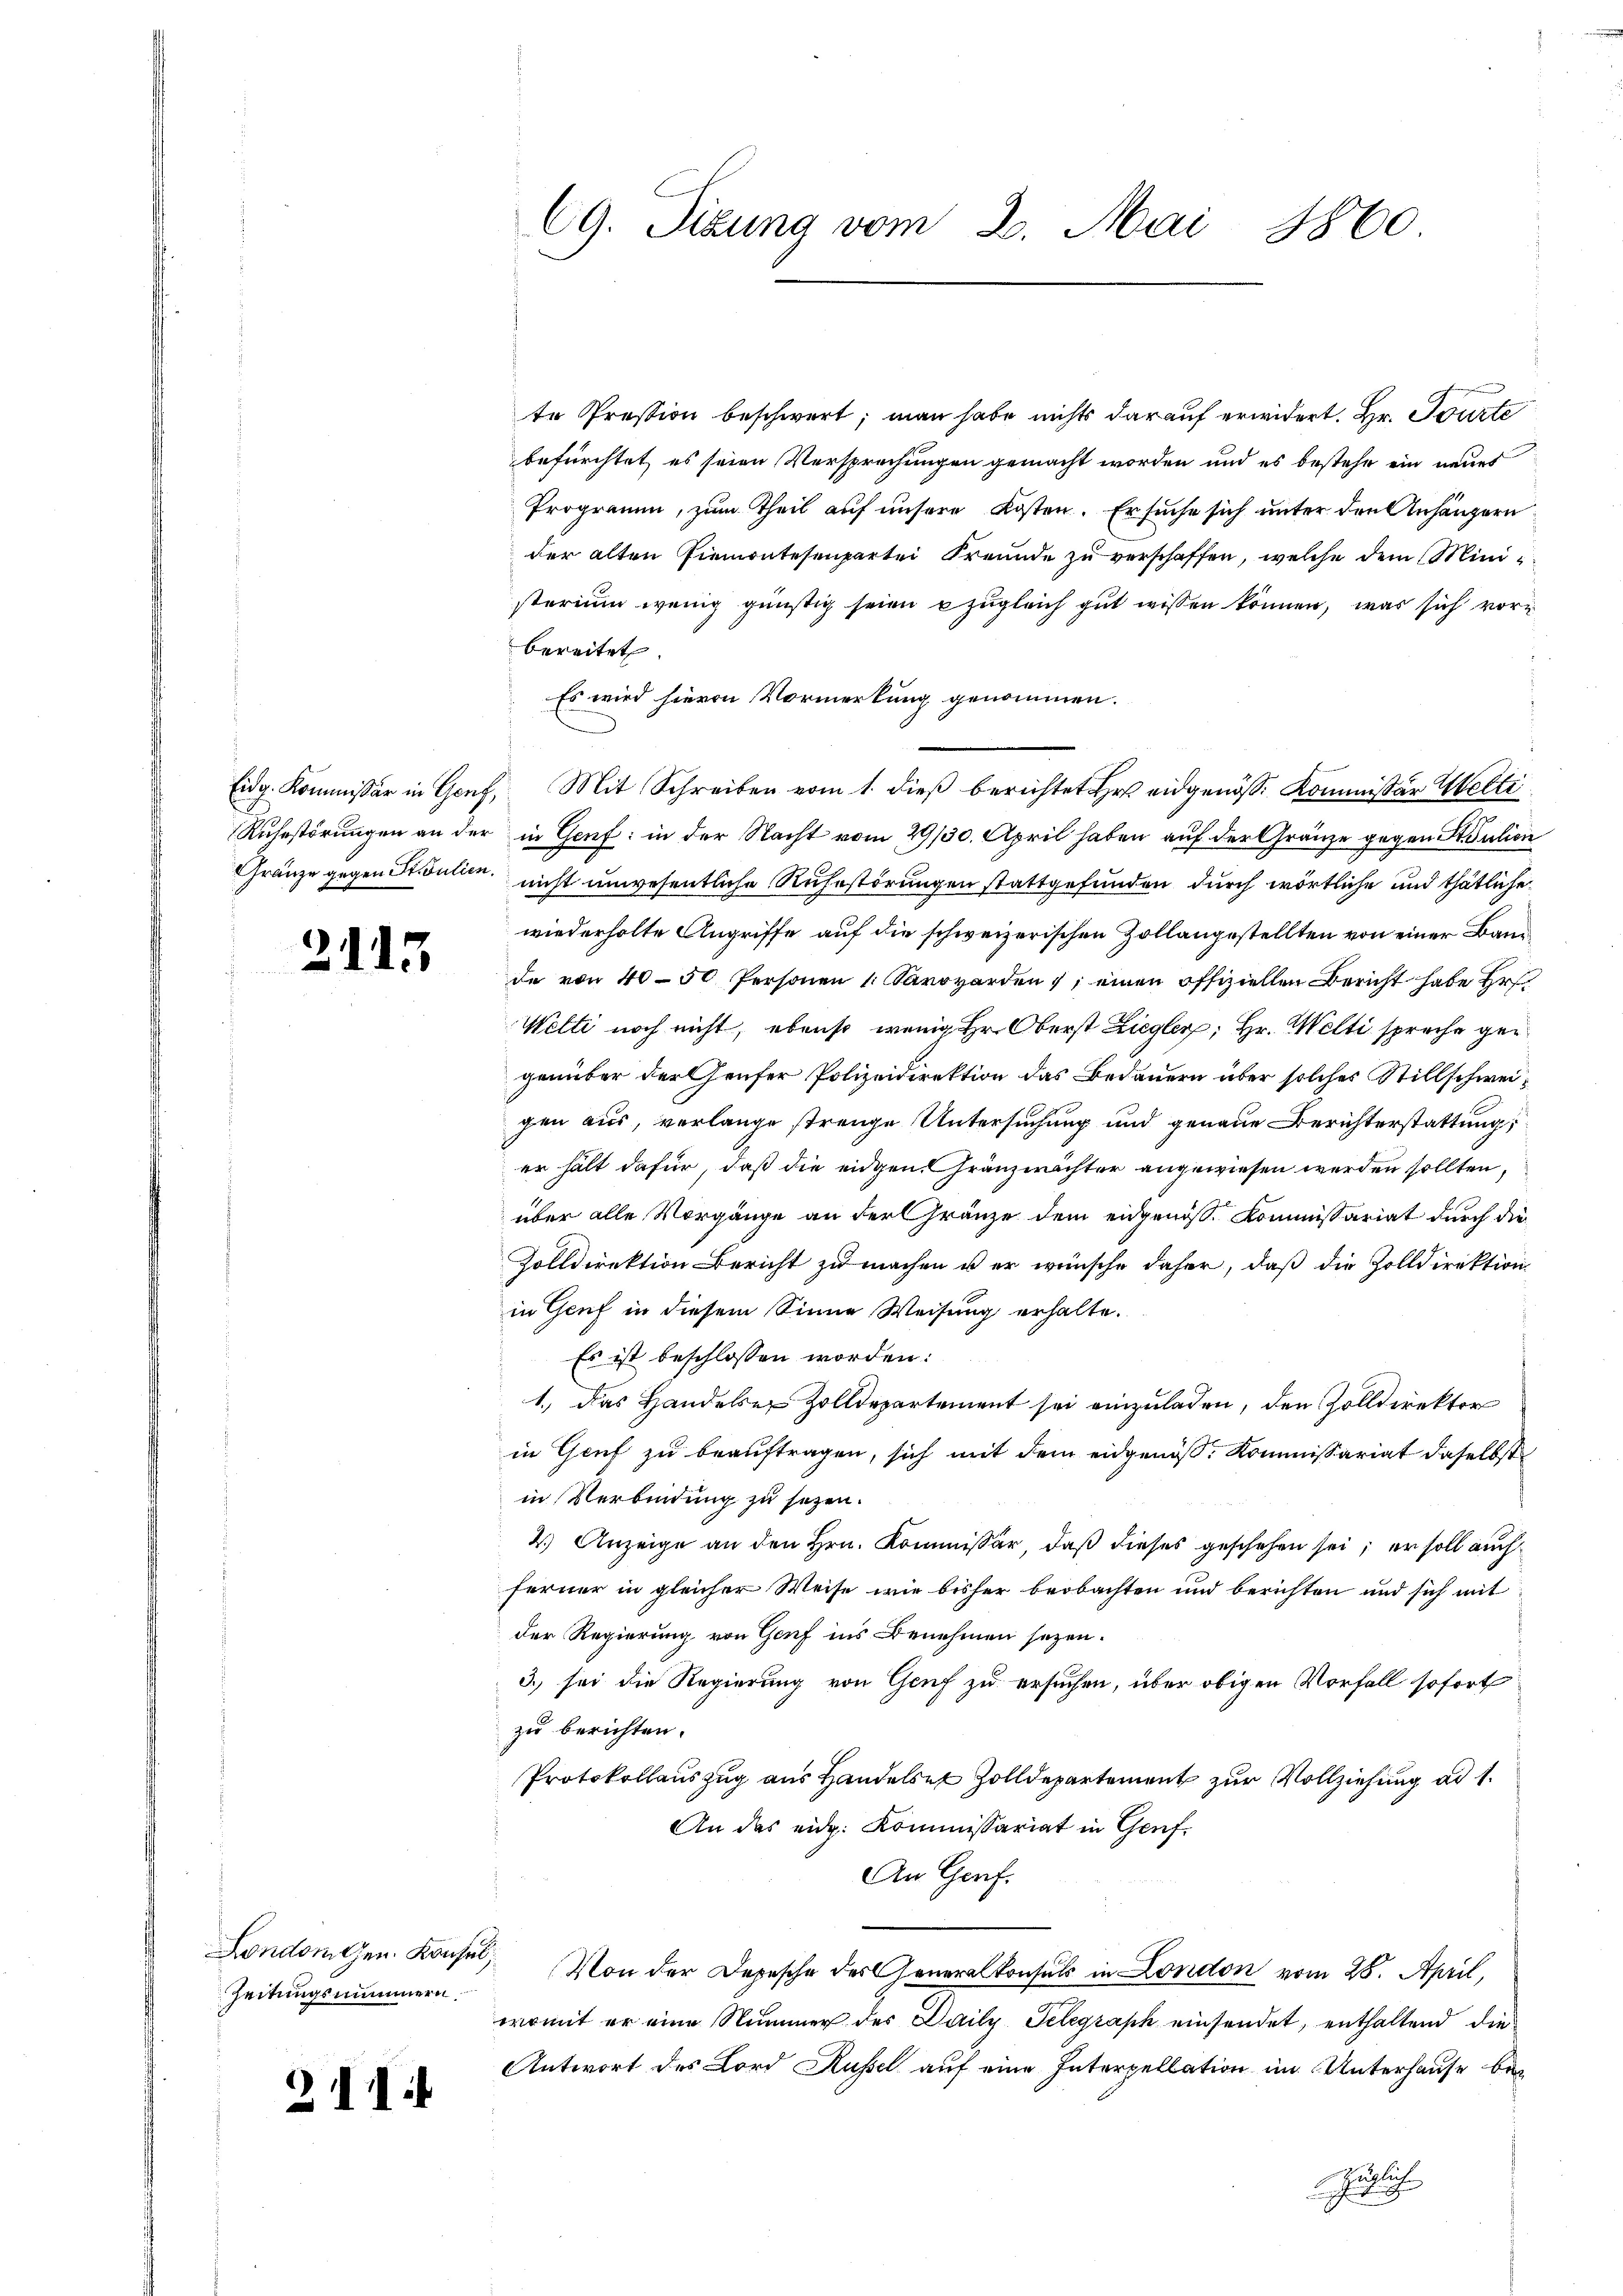
2113

Zeitungsnummern.

211:

te Pression beschwert; man habe nichts darauf erwidert. Hr. Tourte
befürchtet, es seien Versprechungen gemacht worden und es bestehe ein neues
Programm, zum Theil auf unsere Kosten. Er suche sich unter den Anhängern
der alten Piemontesenpartei Freunde zu verschaffen, welche dem Ministerium wenig günstig seien zugleich gut wissen können, was sich vorbereitet
Es wird hievon Vormerkung genommen.
Eidg. Kommissär in Genf, Mit Schreiben vom 1. dieβ berichtet Hr. eidgenöss. Kommissär Welti
Ruhestörungen an der in Genf in der Nacht vom 29/30. April haben auf der Gränze gegen St. Julien
Gränze gegen Stulien nicht unwesentliche Ruhestörungen stattgefunden durch wörtliche und thätliche
wiederholte Angriffe auf die schweizerischen Zollangestellten von einer Band
de von 40–50 Personen 1. Karovarden; einen offiziellen Bericht habe Er¬
Welti noch nicht, ebenso wenig Hr. Oberst Ziegler; Hr. Welti spreche gegenüber der Genfer Polizeidirektion das Bedauern über solches Stillschweigen aus, verlange strenge Untersuchung und genaue Berichterstattung
er hält dafür, daß die eidgen. Gränzwächter angewiesen werden sollten,
über alle Vorgänge an der Gränze dem eidgenöss. Kommissariat durch die
Zolldirektion Bericht zu machen u er wünsche daher, daß die Zolldirektion
in Genf in diesem Sinne Weisung erhalte.
Es ist beschlossen worden:
1.) Das Handeler Zolldepartement sei einzuladen, den Zolldirektor
in Genf zu beauftragen, sich mit dem eidgenöß: Kommissariat daselbst
in Verbindung zu sezen.
2.) Anzeige an den Hrn. Kommissär, daß dieses geschehen sei; er soll auch
ferner in gleicher Weise wie bisher beobachten und berichten und sich mit
der Regierung von Genf ins Benehmen sezen.
3. sei die Regierung von Genf zu ersuchen, über obigen Vorfall sofort
zu berichten.
Protokollauszug aus Handelst Zolldepartement zur Vollziehung ad 1.
An das eidg. Kommissariat in Genf.
An Graf.
Londorten Konsul, Von der Depesche des Generalkonsuls in London vom 28. April,
womit er eine Nummer des Daily Telegraph einsendet, enthaltend die
Antwort des Lord Küssel auf eine Interpellation im Unterhause bei
züglich
g

CG. Sizung vom 2. Mai 1860